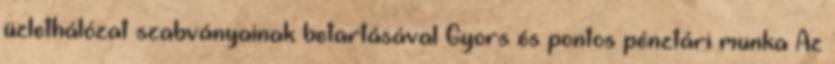
üzlethálózat szabványainak betartásával Gyors és pontos pénztári munka Az